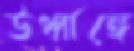
ঊর্ধ্বাঙ্গে